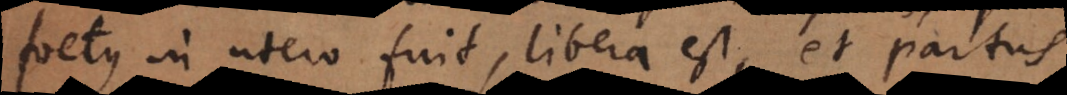
foetus in utero fuit, libera est, et partus